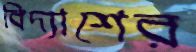
বিদ্যাশের